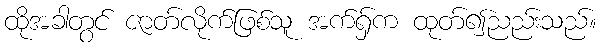
ထိုအခါတွင် ဇာတ်လိုက်ဖြစ်သူ အက်ရှ်က ထုတ်၍ညည်းသည်။